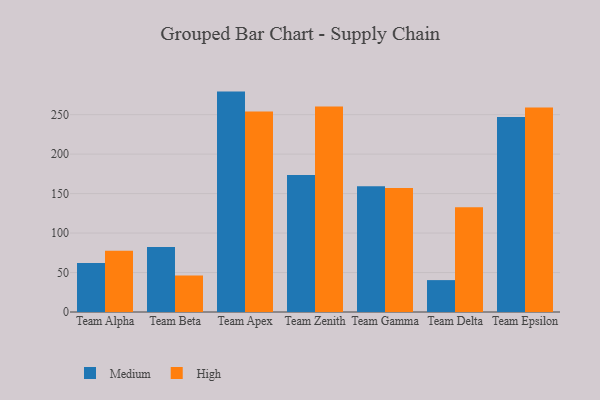
{"axis": {"x": "Team", "y": "Latency (ms)"}, "legend": ["High", "Medium"], "data": [{"x": "Team Alpha", "y": 62.1, "type": "Medium"}, {"x": "Team Alpha", "y": 77.5, "type": "High"}, {"x": "Team Beta", "y": 82.4, "type": "Medium"}, {"x": "Team Beta", "y": 46.3, "type": "High"}, {"x": "Team Apex", "y": 279.2, "type": "Medium"}, {"x": "Team Apex", "y": 253.9, "type": "High"}, {"x": "Team Zenith", "y": 173.6, "type": "Medium"}, {"x": "Team Zenith", "y": 260.3, "type": "High"}, {"x": "Team Gamma", "y": 159.3, "type": "Medium"}, {"x": "Team Gamma", "y": 157.1, "type": "High"}, {"x": "Team Delta", "y": 40.4, "type": "Medium"}, {"x": "Team Delta", "y": 132.7, "type": "High"}, {"x": "Team Epsilon", "y": 247.1, "type": "Medium"}, {"x": "Team Epsilon", "y": 259.1, "type": "High"}]}